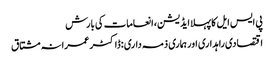
پی ایس ایل کا پہلا ایڈیشن، انعامات کی بارش
اقتصادی راہداری اور ہماری ذمہ داری :ڈاکٹر عمرانہ مشتاق